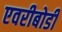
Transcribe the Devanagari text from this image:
एवरीबोडी